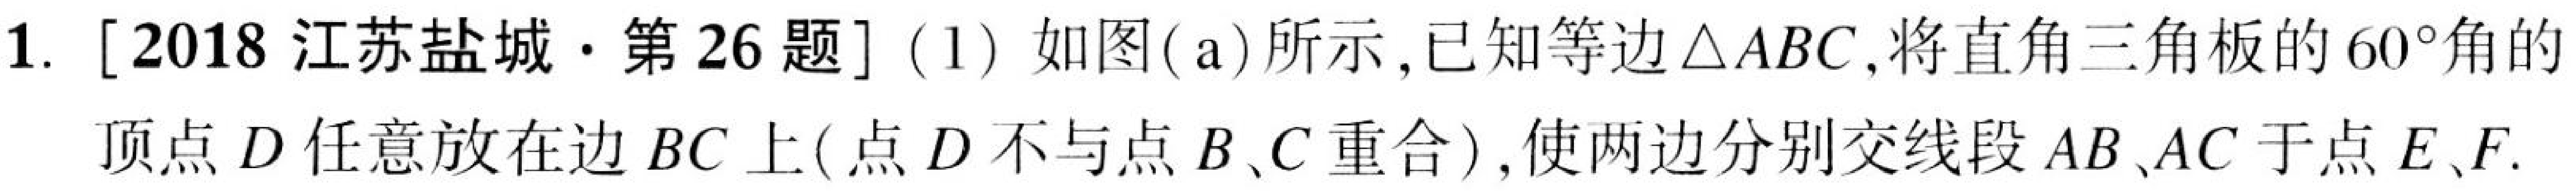
1. [2018 江苏盐城·第 26 题] (1) 如图(a)所示,已知等边\(\triangle ABC\),将直角三角板的\(60^{\circ}\)角的
顶点\(D\)任意放在边 \(BC\)上(点\(D\)不与点\(B\)、\(C\)重合),使两边分别交线段\(AB\)、\(AC\)于点\(E\)、\(F\).